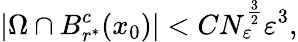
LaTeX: |\Omega\cap B_{r^{\ast}}^{c}(x_{0})|<CN_{\varepsilon}^{\frac{3}{2}}\varepsilon^{3},